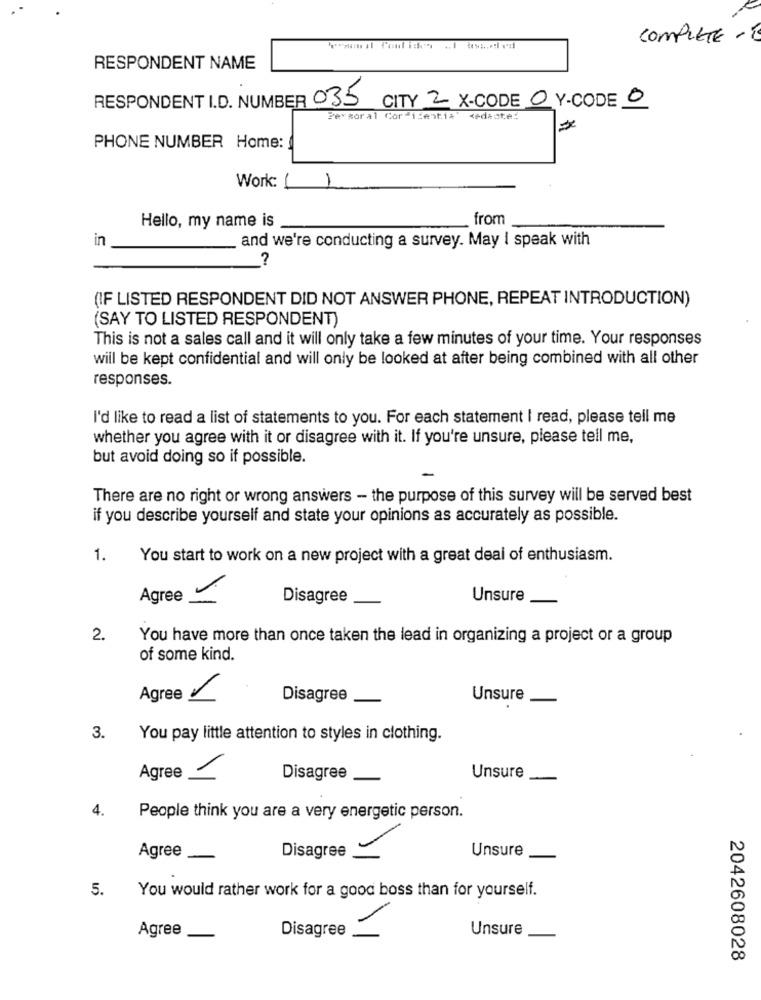
COMPLETE -
RESPONDENT NAME
RESPONDENT I.D. NUMBER 035
CITY 2 X-CODE 0 Y-CODE 0
Persor al Cor 1 entia'
zedaste!
PHONE NUMBER Home:
Work: L
1
from
Hello, my name is
in
and we're conducting a survey. May I speak with
?
(IF LISTED RESPONDENT DID NOT ANSWER PHONE, REPEAT INTRODUCTION)
(SAY TO LISTED RESPONDENT)
This is not a sales call and it will only take a few minutes of your time. Your responses
will be kept confidential and will only be looked at after being combined with all other
responses.
I'd like to read a list of statements to you. For each statement I read, please tell me
whether you agree with it or disagree with it. If you're unsure, please tell me,
but avoid doing so if possible.
There are no right or wrong answers - the purpose of this survey will be served best
if you describe yourself and state your opinions as accurately as possible.
1.
You start to work on a new project with a great deal of enthusiasm.
Agree -
Disagree
Unsure
2.
You have more than once taken the lead in organizing a project or a group
of some kind.
Agree 1
Disagree
Unsure
3.
You pay little attention to styles in clothing.
Agree -
Disagree
Unsure
4.
People think you are a very energetic person.
Unsure
Agree
Disagree
5.
You would rather work for a good boss than for yourself.
1
Agree
Unsure
Disagree
2042608028